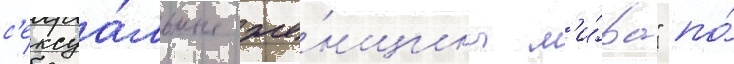
с'ексуа́льные же́нщины м'и́ра" по́